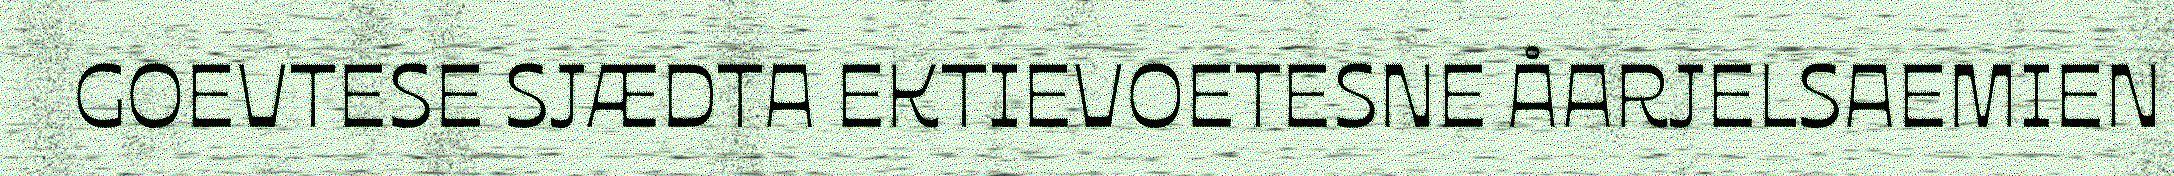
GOEVTESE SJÆDTA EKTIEVOETESNE ÅARJELSAEMIEN